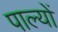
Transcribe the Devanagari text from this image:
पाल्यों